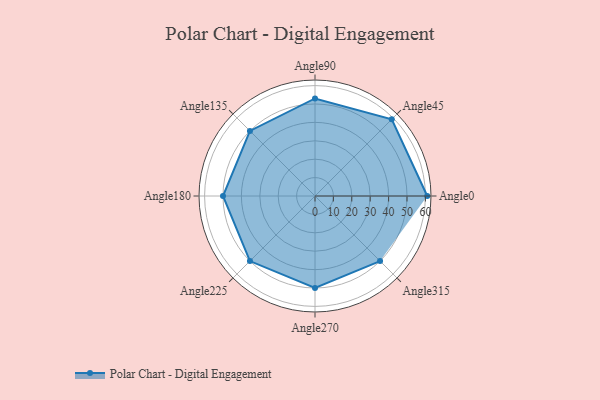
{"axis": {"x": "Angle", "y": "Radius"}, "legend": [""], "data": [{"x": "Angle0", "y": 61.0, "type": ""}, {"x": "Angle45", "y": 59.0, "type": ""}, {"x": "Angle90", "y": 53.0, "type": ""}, {"x": "Angle135", "y": 50.0, "type": ""}, {"x": "Angle180", "y": 50, "type": ""}, {"x": "Angle225", "y": 50, "type": ""}, {"x": "Angle270", "y": 50, "type": ""}, {"x": "Angle315", "y": 50, "type": ""}]}